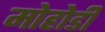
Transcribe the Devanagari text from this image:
मोहोडी